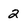
Character: 2